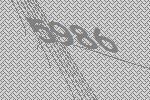
5986